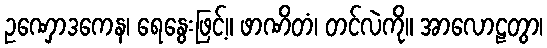
ဥဏှောဒကေန၊ ရေနွေးဖြင့်။ ဖာဏိတံ၊ တင်လဲကို။ အာလောဠတွာ၊